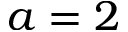
a = 2